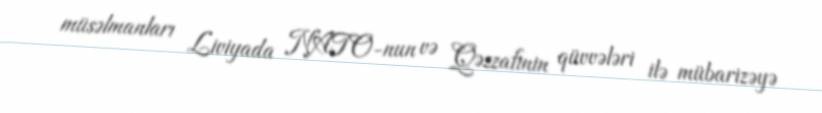
müsəlmanları Liviyada NATO-nun və Qəzzafinin qüvvələri ilə mübarizəyə